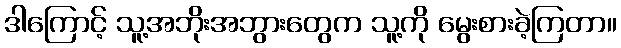
ဒါကြောင့် သူ့အဘိုးအဘွားတွေက သူ့ကို မွေးစားခဲ့ကြတာ။